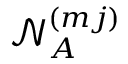
\mathcal { N } _ { A } ^ { ( m j ) }